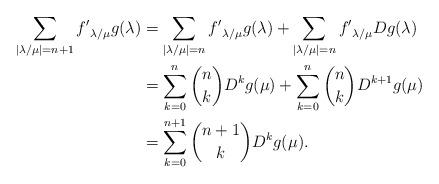
LaTeX: \begin{align*}\sum_{ |\lambda/\mu|=n+1}{f'}_{\lambda/\mu}g(\lambda)&=\sum_{ |\lambda/\mu|=n}{f'}_{\lambda/\mu}g(\lambda)+\sum_{ |\lambda/\mu|=n}{f'}_{\lambda/\mu}Dg(\lambda)\\&=\sum_{k=0}^n\binom{n}{k}D^kg(\mu)+\sum_{k=0}^n\binom{n}{k}D^{k+1}g(\mu)\\&=\sum_{k=0}^{n+1}\binom{n+1}{k}D^kg(\mu).\end{align*}